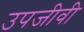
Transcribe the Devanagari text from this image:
उपजीवी